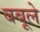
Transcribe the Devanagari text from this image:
बबूले